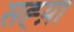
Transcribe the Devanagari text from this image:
सह्य़ा